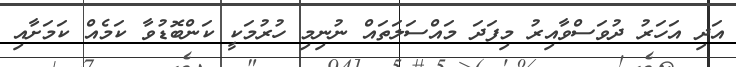
އަދި އަހަރު ދުވަސްވާއިރު މިފަދަ މައްސަލަތައް ނުނިމި ހުރުމަކީ ކަންބޮޑުވާ ކަމެއް ކަމަށާއި